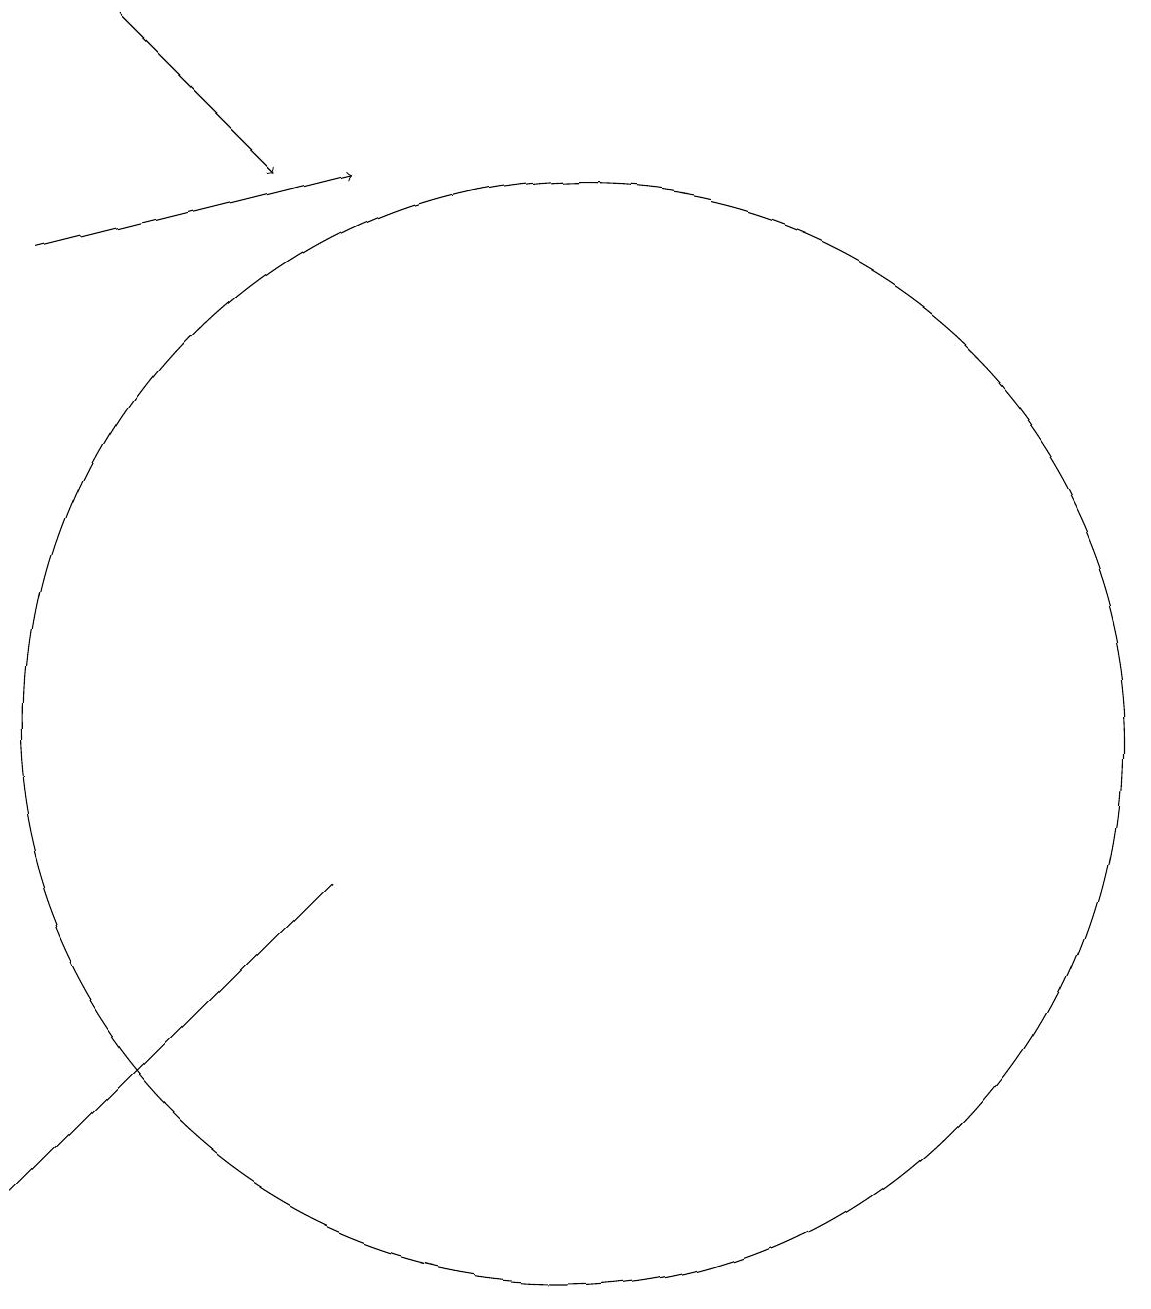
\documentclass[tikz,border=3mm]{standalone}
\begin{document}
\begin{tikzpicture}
\draw (8,8) -- (4,4) -- (5,5) -- cycle;
\draw[->] (4,16) -- (8,17);
\draw (11,10) circle (0);
\draw (10,11) circle (0);
\draw (11,10) circle (7);
\draw[->] (5,19) -- (7,17);
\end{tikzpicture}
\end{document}